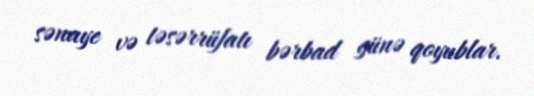
sənaye və təsərrüfatı bərbad günə qoyublar.